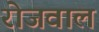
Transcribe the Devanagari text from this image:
रोजवाल